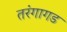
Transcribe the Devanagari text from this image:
तरंगागड